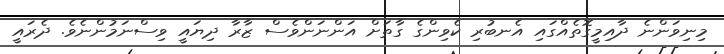
މިނިވަންނެ ދާއިމީގޮތެއްގައި އެނބުރި ކެވިންގެ ގާތަށް އަންނަންވެސް ޒާރާ ދިޔައީ ވިސްނަމުންނެވެ. ދެރައީ